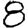
Digit: 8